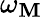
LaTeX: \omega_{\mathbf{M}}